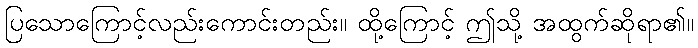
ပြသောကြောင့်လည်းကောင်းတည်း။ ထို့ကြောင့် ဤသို့ အထွက်ဆိုရာ၏။